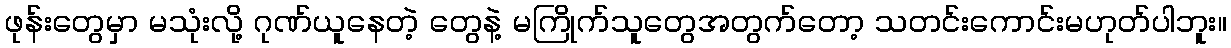
ဖုန်းတွေမှာ မသုံးလို့ ဂုဏ်ယူနေတဲ့ တွေနဲ့ မကြိုက်သူတွေအတွက်တော့ သတင်းကောင်းမဟုတ်ပါဘူး။